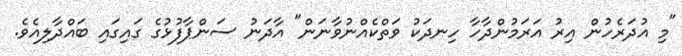
"މި އުދަރެހުން އިރު އަރަމުންދާހާ ހިނދަކު ވަތްކެއްނުވާނަން" އާދަނު ސަންޕާފުޅުގެ ގައިގައި ބައްދާލިއެވެ.